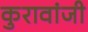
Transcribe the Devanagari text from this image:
कुरावांजी